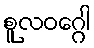
စူလဝဂ္ဂေါ